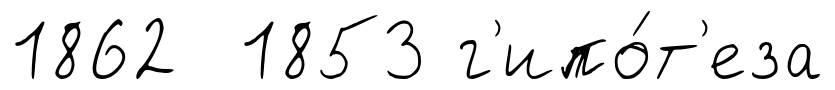
1862 1853 г'ипо́т'еза